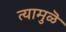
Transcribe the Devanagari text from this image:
त्यामुळॆ